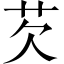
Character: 芡